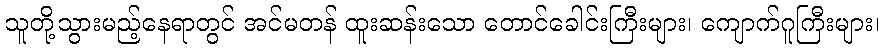
သူတို့သွားမည့်နေရာတွင် အင်မတန် ထူးဆန်းသော တောင်ခေါင်းကြီးများ၊ ကျောက်ဂူကြီးများ၊